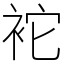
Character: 袉